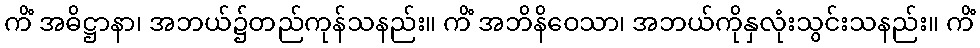
ကိံ အဓိဋ္ဌာနာ၊ အဘယ်၌တည်ကုန်သနည်း။ ကိံ အဘိနိဝေသာ၊ အဘယ်ကိုနှလုံးသွင်းသနည်း။ ကိံ